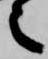
之